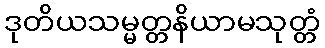
ဒုတိယသမ္မတ္တနိယာမသုတ္တံ